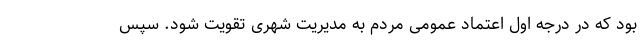
بود که در درجه اول اعتماد عمومی مردم به مدیریت شهری تقویت شود. سپس